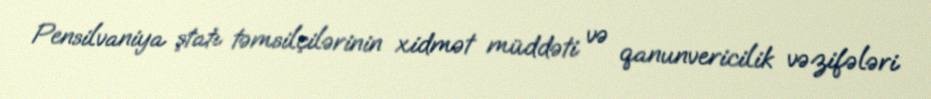
Pensilvaniya ştatı təmsilçilərinin xidmət müddəti və qanunvericilik vəzifələri